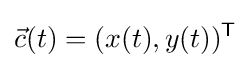
{\vec {c}}(t)=(x(t),y(t))^{\mathsf {T}}